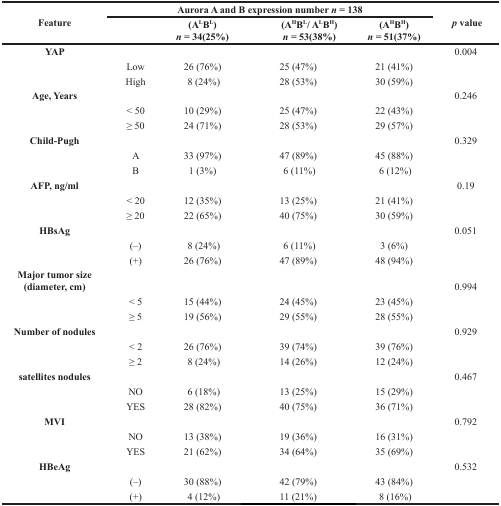
<table><thead><tr><td rowspan="2"><b>Feature</b></td><td colspan="4"><b>Aurora A and B expression number <i>n</i> = 138</b></td><td rowspan="2"><b><i>p</i> value</b></td></tr><tr><td></td><td><b>(A<sup>L</sup>B<sup>L</sup>) <i>n</i> = 34(25%)</b></td><td><b>(A<sup>H</sup>B<sup>L</sup>/ A<sup>L</sup>B<sup>H</sup>) <i>n</i> = 53(38%)</b></td><td><b>(A<sup>H</sup>B<sup>H</sup>) <i>n</i> = 51(37%)</b></td></tr></thead><tbody><tr><td><b>YAP</b></td><td></td><td></td><td></td><td></td><td>0.004</td></tr><tr><td></td><td>Low</td><td>26 (76%)</td><td>25 (47%)</td><td>21 (41%)</td><td></td></tr><tr><td></td><td>High</td><td>8 (24%)</td><td>28 (53%)</td><td>30 (59%)</td><td></td></tr><tr><td><b>Age, Years</b></td><td></td><td></td><td></td><td></td><td>0.246</td></tr><tr><td></td><td>&lt; 50</td><td>10 (29%)</td><td>25 (47%)</td><td>22 (43%)</td><td></td></tr><tr><td></td><td>≥ 50</td><td>24 (71%)</td><td>28 (53%)</td><td>29 (57%)</td><td></td></tr><tr><td><b>Child-Pugh</b></td><td></td><td></td><td></td><td></td><td>0.329</td></tr><tr><td></td><td>A</td><td>33 (97%)</td><td>47 (89%)</td><td>45 (88%)</td><td></td></tr><tr><td></td><td>B</td><td>1 (3%)</td><td>6 (11%)</td><td>6 (12%)</td><td></td></tr><tr><td><b>AFP, ng/ml</b></td><td></td><td></td><td></td><td></td><td>0.19</td></tr><tr><td></td><td>&lt; 20</td><td>12 (35%)</td><td>13 (25%)</td><td>21 (41%)</td><td></td></tr><tr><td></td><td>≥ 20</td><td>22 (65%)</td><td>40 (75%)</td><td>30 (59%)</td><td></td></tr><tr><td><b>HBsAg</b></td><td></td><td></td><td></td><td></td><td>0.051</td></tr><tr><td></td><td>(−)</td><td>8 (24%)</td><td>6 (11%)</td><td>3 (6%)</td><td></td></tr><tr><td></td><td>(+)</td><td>26 (76%)</td><td>47 (89%)</td><td>48 (94%)</td><td></td></tr><tr><td><b>Major tumor size (diameter, cm)</b></td><td></td><td></td><td></td><td></td><td>0.994</td></tr><tr><td></td><td>&lt; 5</td><td>15 (44%)</td><td>24 (45%)</td><td>23 (45%)</td><td></td></tr><tr><td></td><td>≥ 5</td><td>19 (56%)</td><td>29 (55%)</td><td>28 (55%)</td><td></td></tr><tr><td><b>Number of nodules</b></td><td></td><td></td><td></td><td></td><td>0.929</td></tr><tr><td></td><td>&lt; 2</td><td>26 (76%)</td><td>39 (74%)</td><td>39 (76%)</td><td></td></tr><tr><td></td><td>≥ 2</td><td>8 (24%)</td><td>14 (26%)</td><td>12 (24%)</td><td></td></tr><tr><td><b>satellites nodules</b></td><td></td><td></td><td></td><td></td><td>0.467</td></tr><tr><td></td><td>NO</td><td>6 (18%)</td><td>13 (25%)</td><td>15 (29%)</td><td></td></tr><tr><td></td><td>YES</td><td>28 (82%)</td><td>40 (75%)</td><td>36 (71%)</td><td></td></tr><tr><td><b>MVI</b></td><td></td><td></td><td></td><td></td><td>0.792</td></tr><tr><td></td><td>NO</td><td>13 (38%)</td><td>19 (36%)</td><td>16 (31%)</td><td></td></tr><tr><td></td><td>YES</td><td>21 (62%)</td><td>34 (64%)</td><td>35 (69%)</td><td></td></tr><tr><td><b>HBeAg</b></td><td></td><td></td><td></td><td></td><td>0.532</td></tr><tr><td></td><td>(−)</td><td>30 (88%)</td><td>42 (79%)</td><td>43 (84%)</td><td></td></tr><tr><td></td><td>(+)</td><td>4 (12%)</td><td>11 (21%)</td><td>8 (16%)</td><td></td></tr></tbody></table>